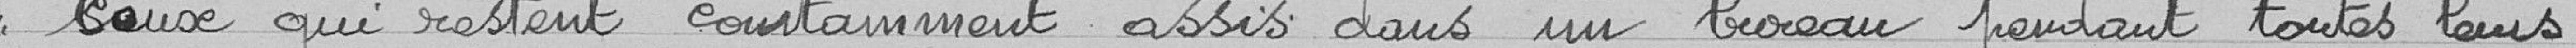
<< ceux qui restent constamment assis dans un bureau pendant toutes leurs